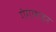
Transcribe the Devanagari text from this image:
गंगाशहर